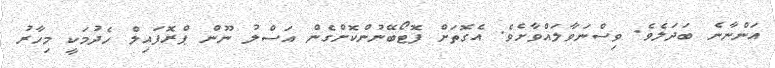
އަންނާނެ ބަދަލެވެ. ވިސްނަވާލައްވާށެވެ. އެގޮތަށް ފޮޓޯބޭނުންކޮށްގެން އަސްލު ނޫން ޕްރޮފައިލް ހެދުމަކީ މިހާރު